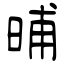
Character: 晡